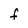
Character: F